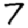
Digit: 7